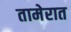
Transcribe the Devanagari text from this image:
तामेरात